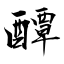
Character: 醰